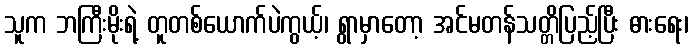
သူက ဘကြီးမိုးရဲ့ တူတစ်ယောက်ပဲကွယ့်၊ ရွာမှာတော့ အင်မတန်သတ္တိပြည့်ပြီး ဓားရေး၊